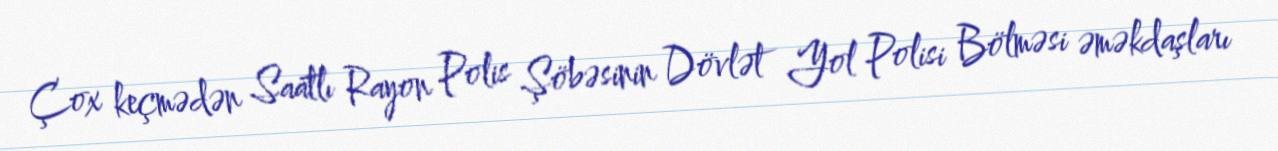
Çox keçmədən Saatlı Rayon Polis Şöbəsinin Dövlət Yol Polisi Bölməsi əməkdaşları